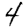
Digit: 4